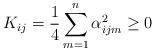
LaTeX: \begin{align*} K_{ij}=\frac{1}{4}\sum_{m=1}^n \alpha^2_{ijm}\geq 0 \end{align*}